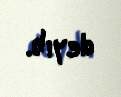
deyib.